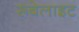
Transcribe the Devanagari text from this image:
रूबेलाइट